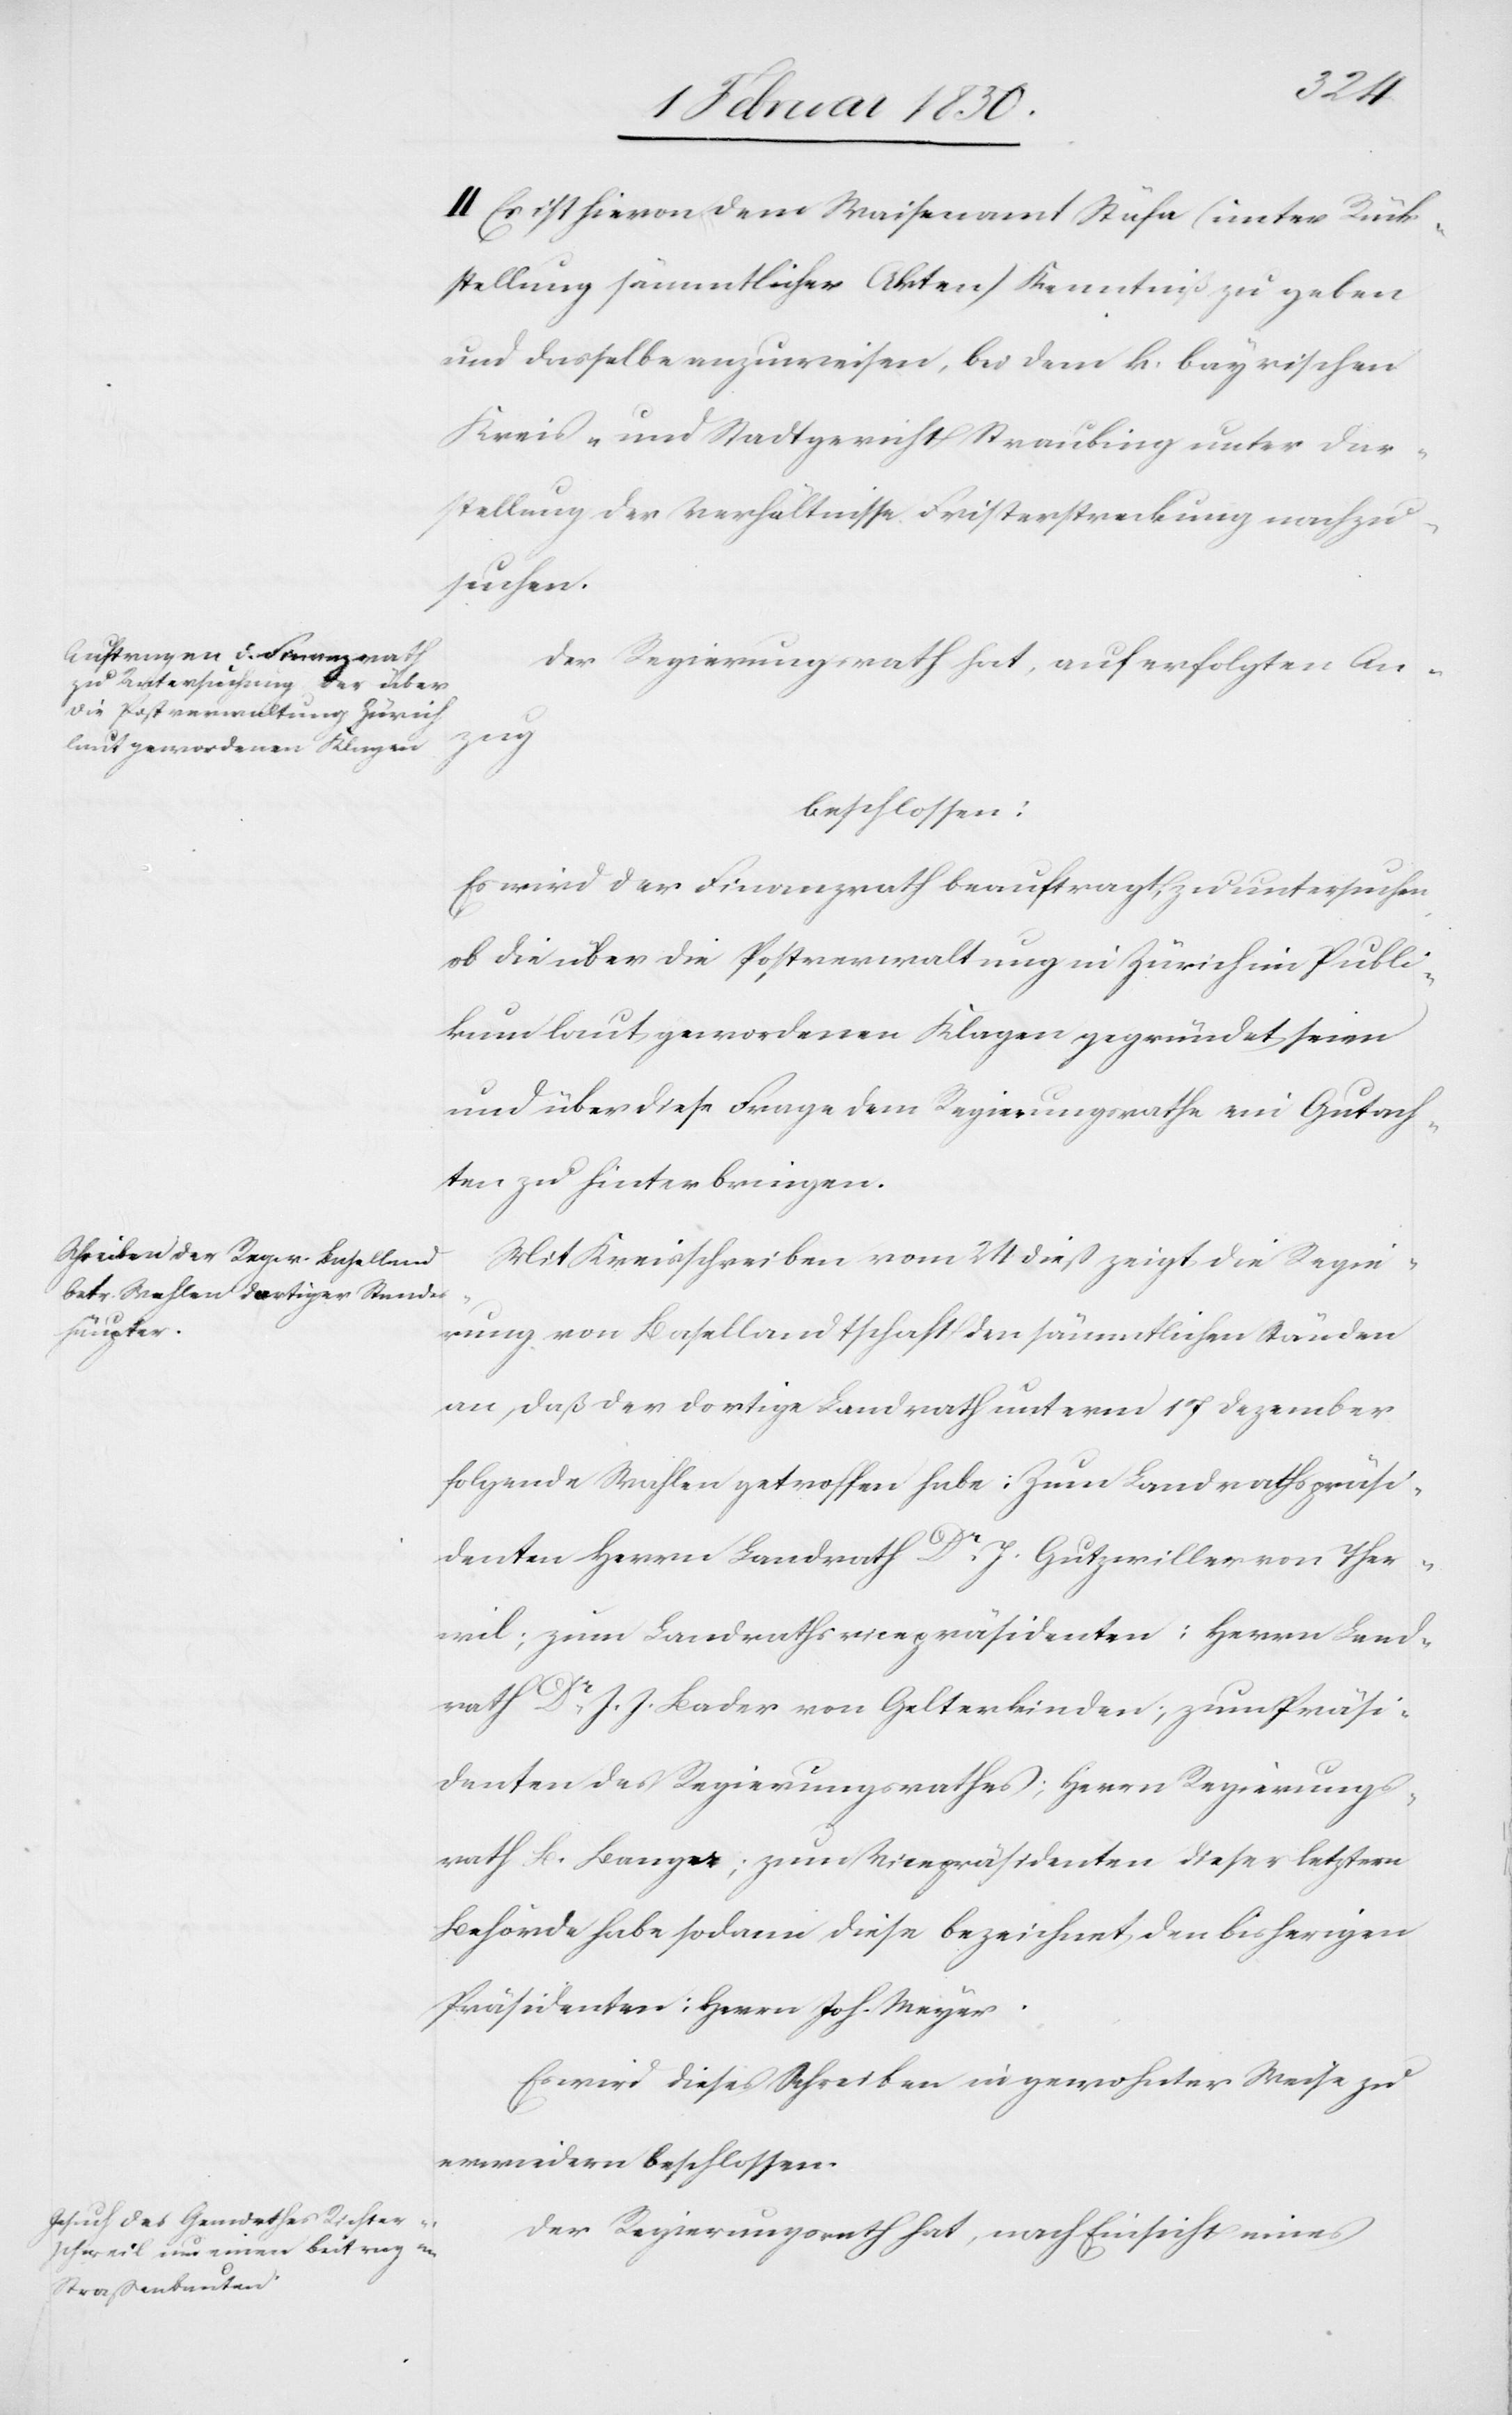
Der Regierungsrath hat, auf erfolgten An¬
zug
beschlossen:
Es wird der Finanzrath beauftragt, zu untersuchen,
ob die über die Postverwaltung in Zürich im Publi¬
kum laut gewordenen Klagen gegründet seien
und über diese Frage dem Regierungsrathe ein Gutach¬
ten zu hinterbringen.
Mit Kreisschreiben vom 24 dieß zeigt die Regie¬
rung von Basellandschaft den sämmtlichen Ständen
an, daß der dortige Landrath unterm 17 Dezember
folgende Wahlen getroffen habe: Zum Landrathspräsi¬
denten Herrn Landrath Dr. J. Gutzwiller von Ther¬
wil; zum Landrathsvicepräsidenten: Herrn Land¬
rath Dr. J. J. Bader von Gelterkinden; zum Präsi¬
denten des Regierungsrathes; Herrn Regierungs¬
rath B. Bange; zum Vicepräsidenten dieser letztern
Behörde habe sodann diese bezeichnet, den bisherigen
Präsidenten: Herrn Joh. Meyer.
Es wird dieses Schreiben in gewohnter Weise zu
erwiedern beschlossen.
Der Regierungsrath hat, nach Einsicht eines